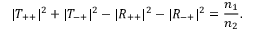
| T _ { + + } | ^ { 2 } + | T _ { - + } | ^ { 2 } - | R _ { + + } | ^ { 2 } - | R _ { - + } | ^ { 2 } = \frac { n _ { 1 } } { n _ { 2 } } .